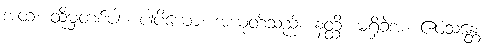
အထ၊ ထိုမှတစ်ပါး။ ပါပိယော၊ အယုတ်သည်။ နတ္ထိ၊ မရှိခဲ့အံ့။ ဧဝံသန္တေ၊